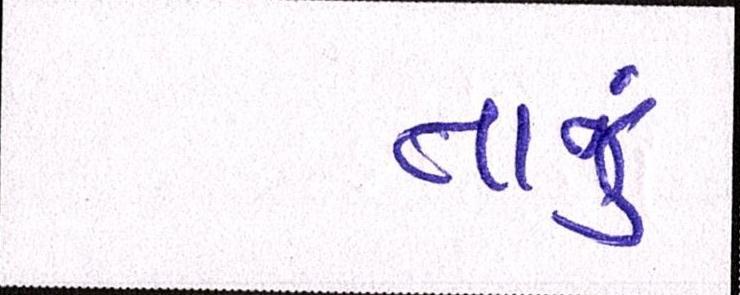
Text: તાજું